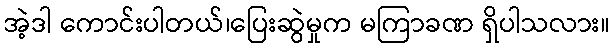
အဲ့ဒါ ကောင်းပါတယ်၊ပြေးဆွဲမှုက မကြာခဏ ရှိပါသလား။